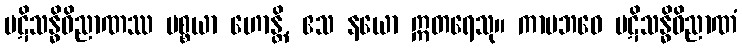
ပဋိသန္ဓိဝိညာဏဿ ပစ္စယာ ဟောန္တိ, ဧသ နယော ဣတရေသု။ ကာမဘဝေ ပဋိသန္ဓိဝိညာဏံ